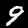
Digit: 9